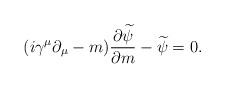
LaTeX: \begin{align*}(i \gamma^\mu \partial_\mu - m)\frac{\partial \widetilde{\psi}}{\partial m} - \widetilde{\psi} = 0.\end{align*}